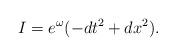
LaTeX: \begin{align*}I=e^\omega (-dt^2+dx^2).\end{align*}